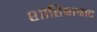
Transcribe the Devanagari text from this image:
शाहिबाबाद